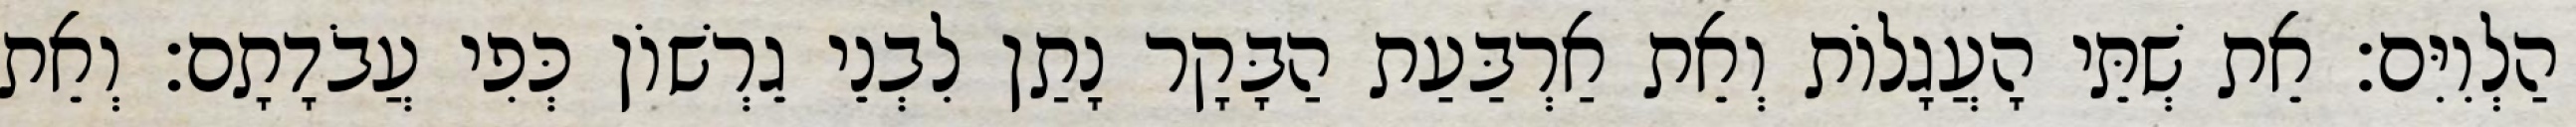
הַלְוִיִּם׃ אֵת שְׁתֵּי הָעֲגָלוֹת וְאֵת אַרְבַּעַת הַבָּקָר נָתַן לִבְנֵי גֵרְשׁוֹן כְּפִי עֲבֹדָתָם׃ וְאֵת